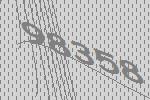
98358